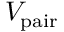
V _ { \mathrm { p a i r } }